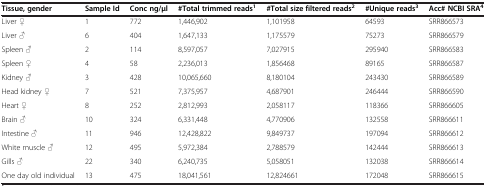
<table><thead><tr><td><b>Tissue, gender</b></td><td><b>Sample Id</b></td><td><b>Conc ng/μl</b></td><td><b>#Total trimmed reads<sup>1</sup></b></td><td><b>#Total size filtered reads<sup>2</sup></b></td><td><b>#Unique reads<sup>3</sup></b></td><td><b>Acc# NCBI SRA<sup>4</sup></b></td></tr></thead><tbody><tr><td>Liver ♀</td><td>1</td><td>772</td><td>1,446,902</td><td>1,101958</td><td>64593</td><td>SRR866573</td></tr><tr><td>Liver ♂</td><td>6</td><td>404</td><td>1,647,133</td><td>1,175579</td><td>75273</td><td>SRR866579</td></tr><tr><td>Spleen ♂</td><td>2</td><td>114</td><td>8,597,057</td><td>7,027915</td><td>295940</td><td>SRR866583</td></tr><tr><td>Spleen ♀</td><td>4</td><td>58</td><td>2,236,013</td><td>1,856468</td><td>89165</td><td>SRR866587</td></tr><tr><td>Kidney ♂</td><td>3</td><td>428</td><td>10,065,660</td><td>8,180104</td><td>243430</td><td>SRR866589</td></tr><tr><td>Head kidney ♀</td><td>7</td><td>521</td><td>7,375,957</td><td>4,687901</td><td>246444</td><td>SRR866590</td></tr><tr><td>Heart ♀</td><td>8</td><td>252</td><td>2,812,993</td><td>2,058117</td><td>118366</td><td>SRR866605</td></tr><tr><td>Brain ♂</td><td>10</td><td>324</td><td>6,331,448</td><td>4,770906</td><td>132558</td><td>SRR866611</td></tr><tr><td>Intestine ♂</td><td>11</td><td>946</td><td>12,428,822</td><td>9,849737</td><td>197094</td><td>SRR866612</td></tr><tr><td>White muscle ♂</td><td>12</td><td>495</td><td>5,972,384</td><td>2,788579</td><td>142444</td><td>SRR866613</td></tr><tr><td>Gills ♂</td><td>22</td><td>340</td><td>6,240,735</td><td>5,058051</td><td>132038</td><td>SRR866614</td></tr><tr><td>One day old individual</td><td>13</td><td>475</td><td>18,041,561</td><td>12,824661</td><td>172048</td><td>SRR866615</td></tr></tbody></table>